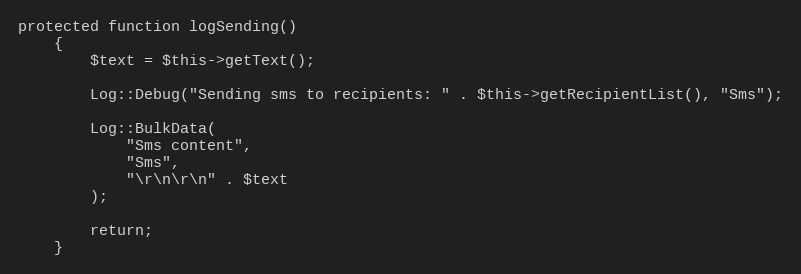
Language: PHP
protected function logSending()
    {
        $text = $this->getText();

        Log::Debug("Sending sms to recipients: " . $this->getRecipientList(), "Sms");

        Log::BulkData(
            "Sms content",
            "Sms",
            "\r\n\r\n" . $text
        );

        return;
    }